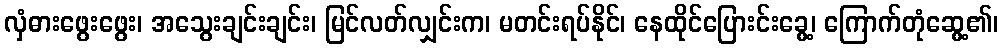
လှံဓားဖွေးဖွေး၊ အသွေးချင်းချင်း၊ မြင်လတ်လျှင်းက၊ မတင်းရပ်နိုင်၊ နေထိုင်ပြေားင်းခွေ့၊ ကြောက်တုံဆွေ့၏၊